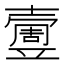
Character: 𡕄